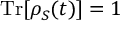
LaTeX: \operatorname { T r } [ \rho _ { S } ( t ) ] = 1